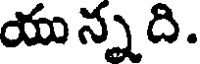
యున్నది.